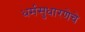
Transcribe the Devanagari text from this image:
धर्मसुधारणेचे